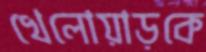
খেলোয়াড়কে